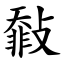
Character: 㪪